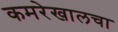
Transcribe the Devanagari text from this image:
कमरेखालचा